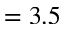
= 3 . 5